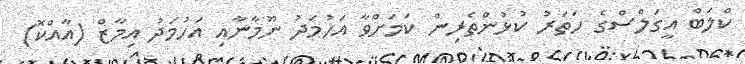
ކްލަބް އީގަލްސްގެ ހަތަރު ކުޅުންތެރިން ކަމަށްވާ އަހުމަދު ނޫމާނާއި އަހުމަދު އިމާޒް (އާއްކޮ)